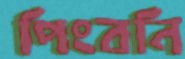
পিংবনি